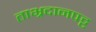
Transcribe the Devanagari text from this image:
ताभ्रदानपट्ट